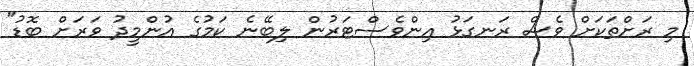
މި ރަށްތަކަށް ވެސް ރަނގަޅު އިންވެސްޓަރުން ލިބޭނެ ކަމުގެ އުންމީދު ވަރަށް ބޮޑު"